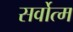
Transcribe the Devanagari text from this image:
सर्वोत्‍म